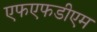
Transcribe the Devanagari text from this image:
एफएफडीएम